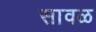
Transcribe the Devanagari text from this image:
सावळ